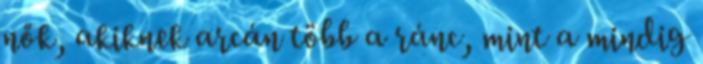
nők, akiknek arcán több a ránc, mint a mindig